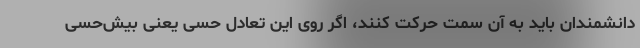
دانشمندان باید به آن سمت حرکت کنند، اگر روی این تعادل حسی یعنی بیش‌حسی